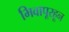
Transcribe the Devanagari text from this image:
भिवापूरहून